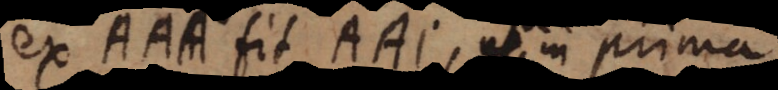
ex AAA fit AAI, ita in prima